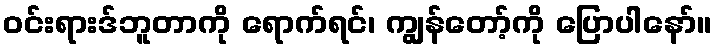
ဝင်းရားဒ်ဘူတာကို ရောက်ရင်၊ ကျွန်တော့်ကို ပြောပါနော်။